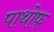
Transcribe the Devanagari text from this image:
पाथोफ